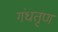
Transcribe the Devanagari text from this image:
गंधतृण